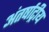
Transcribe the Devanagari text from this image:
अंतर्षाट्रीय